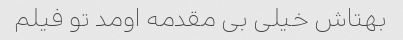
بهتاش خیلی بی مقدمه اومد تو فیلم